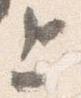
上